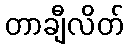
တာချီလိတ်